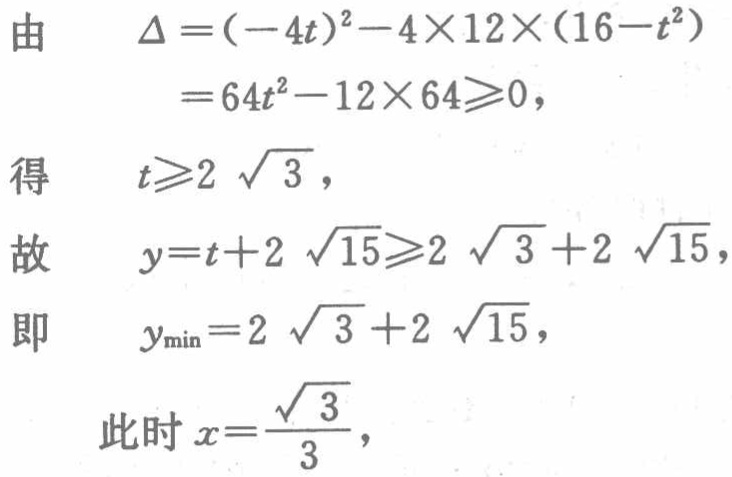
由

\[

\begin{align*}

\Delta&=(-4t)^{2}-4\times12\times(16 - t^{2})\\

&=64t^{2}-12\times64\geqslant0,

\end{align*}

\]

得

\[t\geqslant2\sqrt{3},\]

故

\[y=t + 2\sqrt{15}\geqslant2\sqrt{3}+2\sqrt{15},\]

即

\[y_{\min}=2\sqrt{3}+2\sqrt{15},\]

此时 \(x = \frac{\sqrt{3}}{3}\)，